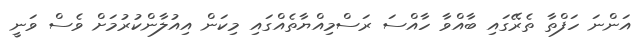
އަންނަ ހަފްތާ ތެރޭގައި ބާއްވާ ހާއްސަ ރަސްމިއްޔާތެއްގައި މިކަން އިއުލާންކުރުމަށް ވެސް ވަނީ